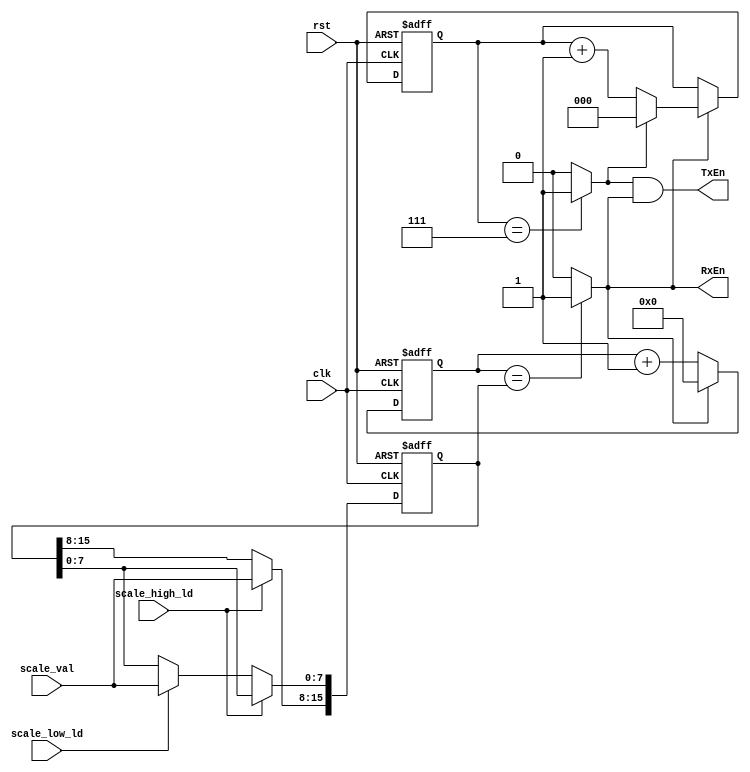
`timescale 1ns / 1ps
//`default_nettype none

module clkgen(
    input clk,
    input rst,
    input scale_high_ld,
    input scale_low_ld,
    input [7:0] scale_val,
    output RxEn,
    output TxEn
    );
	 
reg [15:0] scale_cnt_rx;
reg [2:0] scale_cnt_tx;
reg [15:0] scale_terminal_val;
wire rx_fin, tx_fin;

always @(posedge clk, posedge rst)
	if (rst == 'b1)
		scale_terminal_val <= 16'b0000000000000001;
	else if (scale_high_ld == 'b1)
		scale_terminal_val[15:8] <= scale_val; // scale_terminal_val[15:8] = scale_terminal_high
	else if (scale_low_ld == 'b1)
		scale_terminal_val[7:0] <= scale_val; // scale_terminal_val[7:0] = scale_terminal_low

always @(posedge clk, posedge rst)
	if (rst == 'b1)
		scale_cnt_rx <= 'b0;
	else
		begin
		scale_cnt_rx <= scale_cnt_rx + 1;
		if (rx_fin == 'b1)
			scale_cnt_rx <= 'b0;
		end
		
assign rx_fin = (scale_cnt_rx == scale_terminal_val)? 'b1 : 'b0;

always @(posedge clk, posedge rst)
	if (rst == 'b1)
		scale_cnt_tx <= 'b0;
	else if (rx_fin == 'b1)
		begin
		scale_cnt_tx <=  scale_cnt_tx + 1;
		if (tx_fin == 'b1)
		
			scale_cnt_tx <= 'b0;
		end

assign tx_fin = (scale_cnt_tx == 3'b111)? 'b1 : 'b0;

assign TxEn = tx_fin & rx_fin;
assign RxEn = rx_fin;
		

endmodule